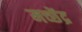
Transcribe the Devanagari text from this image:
मच्छेंद्र